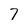
Character: 7